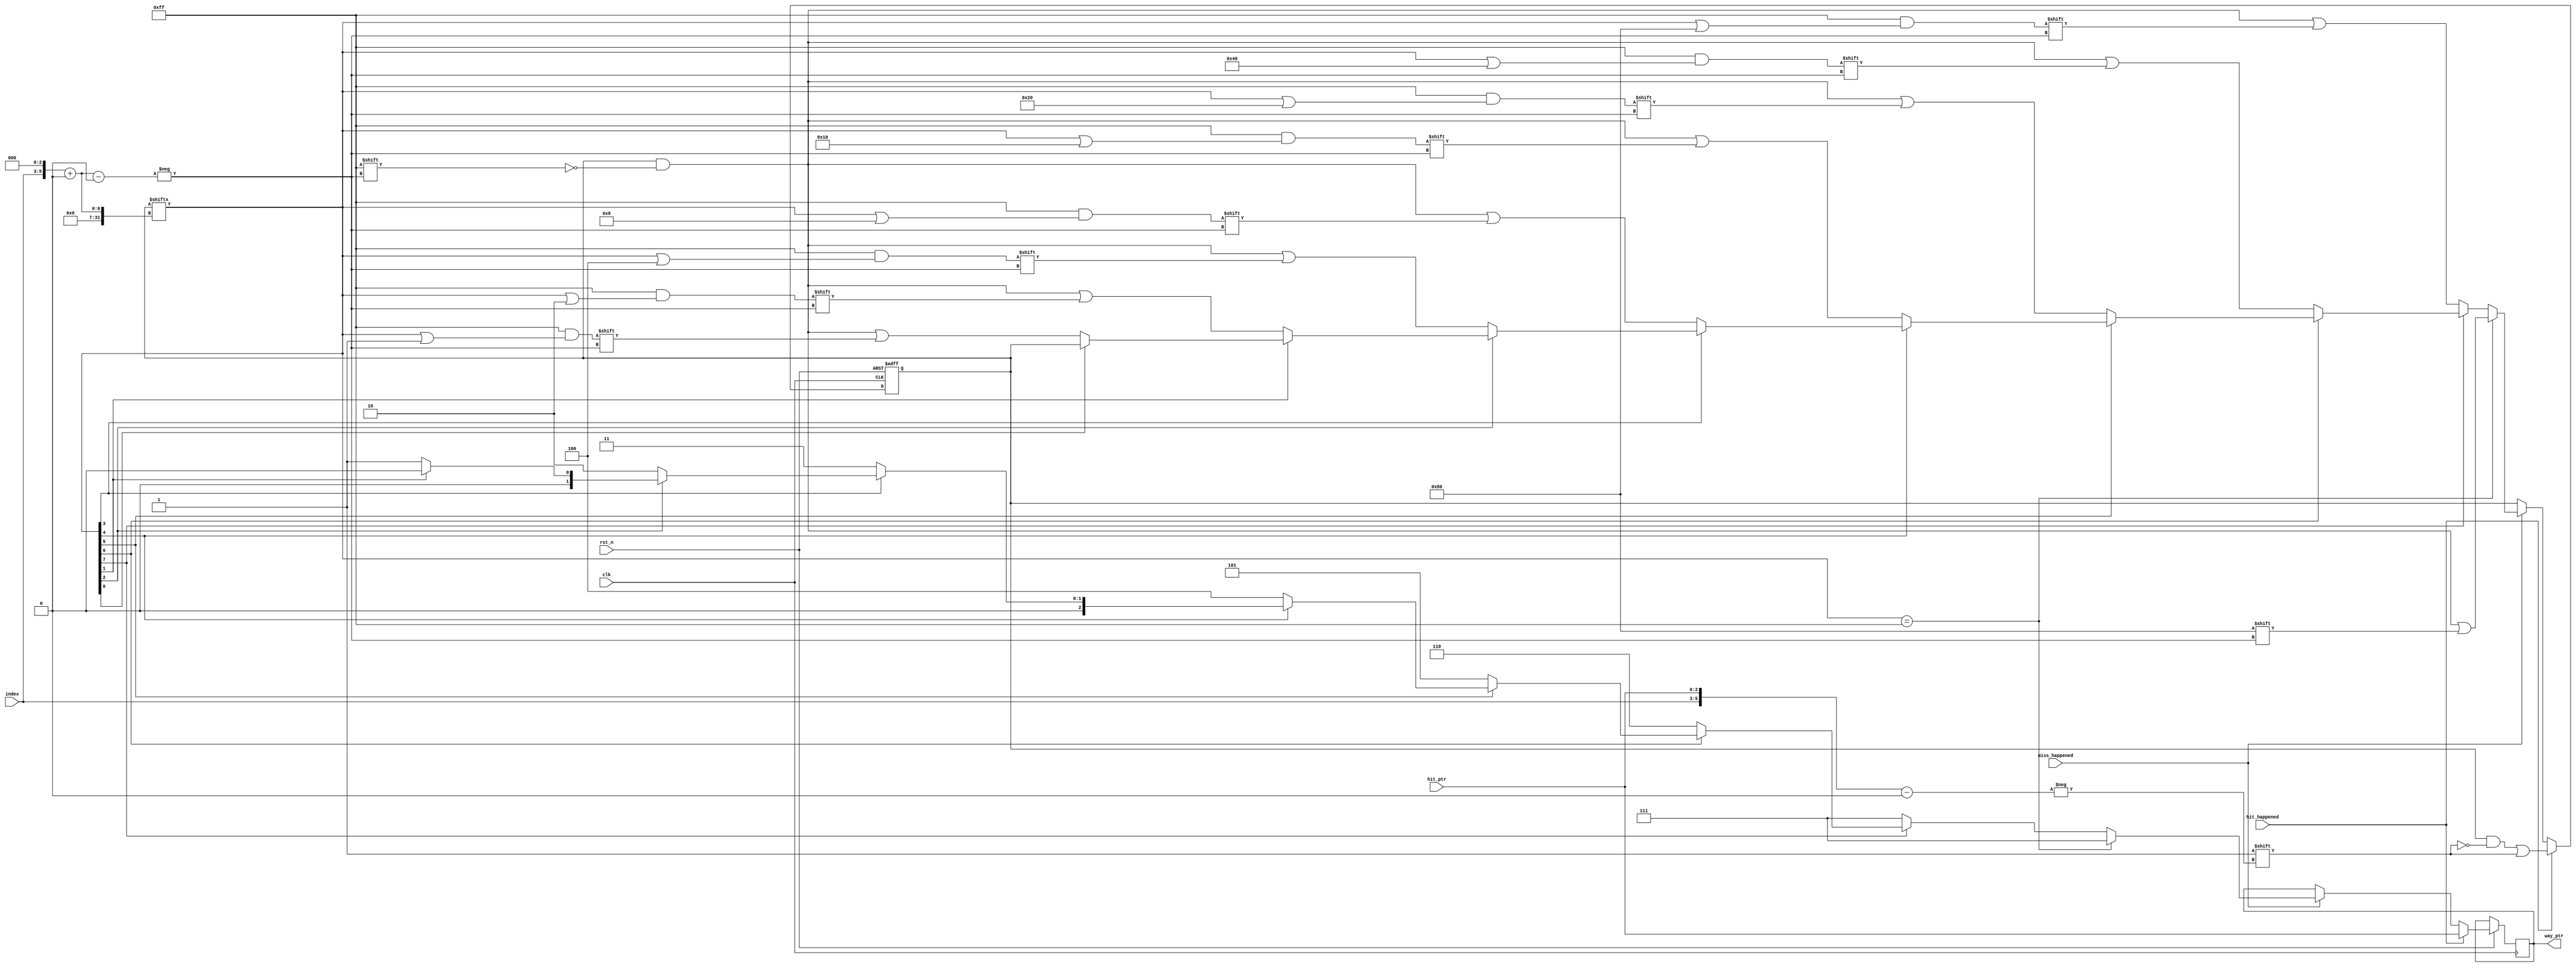
module PLRU(input clk,
    input rst_n,
    input miss_happened,
    input hit_happened,
    input [2:0] hit_ptr,
    input [2:0] index,
    output reg [2:0] way_ptr=0
);
reg [63:0] slot_ptr;   // 8set,8-way
integer i;
wire [5:0] ptr = {3'b0,index};
wire [7:0] pos = slot_ptr[ptr<<3+:8];
wire [5:0] hit_pos = {index,hit_ptr};
always@(posedge clk or negedge rst_n) begin
    if(!rst_n) begin
        slot_ptr<=0;
    end
    else begin
        if(hit_happened) begin
            slot_ptr[hit_pos]<=1'b1;
            way_ptr<=hit_ptr;
        end
        else if(miss_happened) begin
            //set1,0.
            //0index.
            if(pos==8'b11111111) begin
                slot_ptr[ptr<<3+:8]<=8'b10000000;
                way_ptr<=7;
            end
            else begin
                if(pos[7]==0) begin
                    way_ptr<=7;
                    slot_ptr[ptr<<3+:8]<= pos | 8'b10000000;
                end
                else if(pos[6]==0) begin
                    way_ptr<=6;
                    slot_ptr[ptr<<3+:8]<= pos | 8'b01000000;
                end
                else if(pos[5]==0) begin
                    way_ptr<=5;
                    slot_ptr[ptr<<3+:8]<= pos | 8'b00100000;
                end
                else if(pos[4]==0) begin
                    way_ptr<=4;
                    slot_ptr[ptr<<3+:8] <= pos | 8'b00010000;
                end
                else if(pos[3]==0) begin
                    way_ptr<=3;
                    slot_ptr[ptr<<3+:8] <= pos | 8'b00001000;
                end
                else if(pos[2]==0) begin
                    way_ptr<=2;
                    slot_ptr[ptr<<3+:8] <= pos | 8'b00000100;
                end
                else if(pos[1]==0) begin
                    way_ptr<=1;
                    slot_ptr[ptr<<3+:8] <= pos | 8'b00000010;
                end
                else if(pos[0]==0) begin
                    way_ptr<=0;
                    slot_ptr[ptr<<3+:8] <= pos | 8'b00000001;
                end
                else begin way_ptr<=0; end
            end
        end
        else begin
            way_ptr<=way_ptr;
        end
    end
end

endmodule
//set associate cache with plru policy
module Cache(
    input clk,
    input rst_n,
    input [31:0] addr,
    input rd,
    input wr,
    input [31:0] in_data,
    output reg[31:0] out_data=0,
    output reg   data_rdy=0,

    //Cache replacement
    input [31:0] rd_from_mem,
    output reg [31:0] mem_addr=0,
    output reg [31:0] wr_to_mem=0,
    output reg r_w=0,   //0->read 1->write.
    output reg enable=0,
    input mem_op_finish
);
localparam BLOCK_DATA_BYTE_SIZE  = 6;    // 
localparam DATA_OFFSET = 512;
localparam INDEX_BIT_SIZE  = 3;        // 
localparam SLOT_LENGTH     = 8;         // .
localparam TAG_BIT_SIZE = 23;
localparam SLOT_OFFSET    = 32'd537;  //.ValidBit DirtyBit Tag DATA
// addr:
// |  TAG_BIT_SIZE(23bit)   |  INDEX_BIT_SIZE(3bit) |   BLOCK_DATA_BYTE_SIZE(6bit) |
//        TAG                        INDEX                        DATA
// slot:
//   MSB       MSB-1   |  TAG_BIT_SIZE   |    DATA_OFFSET(64b=64*8=512bit)   |
// Valid     DirtyBit        TAG                   DATA

reg [SLOT_OFFSET-1:0] _cache [0:(2<<INDEX_BIT_SIZE)-1] [0:SLOT_LENGTH-1];

integer i;
wire [INDEX_BIT_SIZE-1:0] decode_index = addr[INDEX_BIT_SIZE+BLOCK_DATA_BYTE_SIZE-1:BLOCK_DATA_BYTE_SIZE];
reg [(SLOT_LENGTH>>2):0] hit_ptr=0;
wire hit;

integer search2_i;

assign hit=((_cache[decode_index][0][DATA_OFFSET+:TAG_BIT_SIZE]
    ==addr[BLOCK_DATA_BYTE_SIZE+INDEX_BIT_SIZE+:TAG_BIT_SIZE])
    &&_cache[decode_index][0][SLOT_OFFSET-1]==1)
    ||((_cache[decode_index][1][DATA_OFFSET+:TAG_BIT_SIZE]
    ==addr[BLOCK_DATA_BYTE_SIZE+INDEX_BIT_SIZE+:TAG_BIT_SIZE])
    &&_cache[decode_index][1][SLOT_OFFSET-1]==1)
    ||((_cache[decode_index][2][DATA_OFFSET+:TAG_BIT_SIZE]
    ==addr[BLOCK_DATA_BYTE_SIZE+INDEX_BIT_SIZE+:TAG_BIT_SIZE])
    &&_cache[decode_index][2][SLOT_OFFSET-1]==1)
    ||((_cache[decode_index][3][DATA_OFFSET+:TAG_BIT_SIZE]
    ==addr[BLOCK_DATA_BYTE_SIZE+INDEX_BIT_SIZE+:TAG_BIT_SIZE])
    &&_cache[decode_index][3][SLOT_OFFSET-1]==1)
    ||((_cache[decode_index][4][DATA_OFFSET+:TAG_BIT_SIZE]
    ==addr[BLOCK_DATA_BYTE_SIZE+INDEX_BIT_SIZE+:TAG_BIT_SIZE])
    &&_cache[decode_index][4][SLOT_OFFSET-1]==1)
    ||((_cache[decode_index][5][DATA_OFFSET+:TAG_BIT_SIZE]
    ==addr[BLOCK_DATA_BYTE_SIZE+INDEX_BIT_SIZE+:TAG_BIT_SIZE])
    &&_cache[decode_index][5][SLOT_OFFSET-1]==1)
    ||((_cache[decode_index][6][DATA_OFFSET+:TAG_BIT_SIZE]
    ==addr[BLOCK_DATA_BYTE_SIZE+INDEX_BIT_SIZE+:TAG_BIT_SIZE])
    &&_cache[decode_index][6][SLOT_OFFSET-1]==1)
    ||((_cache[decode_index][7][DATA_OFFSET+:TAG_BIT_SIZE]
    ==addr[BLOCK_DATA_BYTE_SIZE+INDEX_BIT_SIZE+:TAG_BIT_SIZE])
    &&_cache[decode_index][7][SLOT_OFFSET-1]==1);

always@(*)
begin
    if(_cache[decode_index][0][DATA_OFFSET+:TAG_BIT_SIZE]
    ==addr[BLOCK_DATA_BYTE_SIZE+INDEX_BIT_SIZE+:TAG_BIT_SIZE]&&
    _cache[decode_index][0][SLOT_OFFSET-1]==1)
    begin
        hit_ptr<=0;
    end
    else if(_cache[decode_index][1][DATA_OFFSET+:TAG_BIT_SIZE]
    ==addr[BLOCK_DATA_BYTE_SIZE+INDEX_BIT_SIZE+:TAG_BIT_SIZE]&&
    _cache[decode_index][1][SLOT_OFFSET-1]==1) begin
        hit_ptr<=1;
    end
    else if(_cache[decode_index][2][DATA_OFFSET+:TAG_BIT_SIZE]
    ==addr[BLOCK_DATA_BYTE_SIZE+INDEX_BIT_SIZE+:TAG_BIT_SIZE]&&
    _cache[decode_index][2][SLOT_OFFSET-1]==1) begin
        hit_ptr<=2;
    end
    else if(_cache[decode_index][3][DATA_OFFSET+:TAG_BIT_SIZE]
    ==addr[BLOCK_DATA_BYTE_SIZE+INDEX_BIT_SIZE+:TAG_BIT_SIZE]&&
    _cache[decode_index][3][SLOT_OFFSET-1]==1) begin
        hit_ptr<=3;
    end
    else if(_cache[decode_index][4][DATA_OFFSET+:TAG_BIT_SIZE]
    ==addr[BLOCK_DATA_BYTE_SIZE+INDEX_BIT_SIZE+:TAG_BIT_SIZE]&&
    _cache[decode_index][4][SLOT_OFFSET-1]==1) begin
        hit_ptr<=4;
    end

    else if(_cache[decode_index][5][DATA_OFFSET+:TAG_BIT_SIZE]
    ==addr[BLOCK_DATA_BYTE_SIZE+INDEX_BIT_SIZE+:TAG_BIT_SIZE]&&
    _cache[decode_index][5][SLOT_OFFSET-1]==1) begin
        hit_ptr<=5;
    end
    else if(_cache[decode_index][6][DATA_OFFSET+:TAG_BIT_SIZE]
    ==addr[BLOCK_DATA_BYTE_SIZE+INDEX_BIT_SIZE+:TAG_BIT_SIZE]&&
    _cache[decode_index][6][SLOT_OFFSET-1]==1) begin
        hit_ptr<=6;
    end
    else if(_cache[decode_index][7][DATA_OFFSET+:TAG_BIT_SIZE]
    ==addr[BLOCK_DATA_BYTE_SIZE+INDEX_BIT_SIZE+:TAG_BIT_SIZE]&&
    _cache[decode_index][7][SLOT_OFFSET-1]==1) begin
        hit_ptr<=7;
    end
    else hit_ptr<=0;
end

reg [1:0] rd_D;
reg [1:0] wr_D;

always@(posedge clk or negedge rst_n) begin
    if(!rst_n) begin rd_D<=0;  wr_D<=0; end
    else begin
        rd_D <= {rd_D[0],rd};
        wr_D <= {wr_D[0],wr};
    end
end
wire rd_start= ~rd_D[1] & rd_D[0];
wire wr_start= ~wr_D[1] & wr_D[0];

integer j;

// localparam CACHE_STATE_NORMAL=0;
localparam CACHE_STATE_MISS_READ_PREPARE=1;  //Memblock
localparam CACHE_STATE_MISS_READ_WAIT=2;
localparam CACHE_STATE_MISS_READ_PROCESS=3;
localparam CACHE_STATE_CONFLICT_WB=4;
localparam CACHE_STATE_WRMISS_NOWR=5;
localparam CACHE_STATE_WRITE_BACK=6;  //blockMem.
localparam CACHE_STATE_GET_SEL=7;
localparam CACHE_STATE_WR_PROCESS=8;
localparam CACHE_STATE_RD_PROCESS=9;
localparam CACHE_STATE_MISS_WRITE_WAIT=10;
localparam CACHE_STATE_WB_LINE=11;

reg [3:0] cache_state=CACHE_STATE_GET_SEL;
reg [3:0] cache_next_state=CACHE_STATE_WRMISS_NOWR;
reg [DATA_OFFSET-1:0] mem_recv_buf=0;
wire [9:0] data_addr = {4'b0,addr[5:0]};

wire [2:0] selected_way;
reg [3:0] miss_rd_cnt=0;
reg [3:0] miss_wr_cnt=0;

reg miss_s=0;
reg hit_s=0;
PLRU _inst_lru(
    clk,
    rst_n,
    miss_s,
    hit_s,
    hit_ptr,
    decode_index,
    selected_way
);
reg [0:0] counter=0;
always @(posedge clk or negedge rst_n) begin
    if(!rst_n) begin
        for(i=0;i<(2<<INDEX_BIT_SIZE);i=i+1)
        begin
            for(j=0;j<SLOT_LENGTH;j=j+1)begin
                _cache[i][j]<=0;
            end
            data_rdy<=0;
        end
    end
    else begin
        case(cache_state)
            CACHE_STATE_GET_SEL:begin
                if(wr_start) begin
                        if(hit) begin
                            hit_s<=1;
                        end
                        else begin miss_s<=1; end
                        cache_state<=CACHE_STATE_WR_PROCESS;
                end
                else if(rd_start) begin
                        if(hit) begin
                            hit_s<=1;
                        end
                        else begin miss_s<=1; end
                        cache_state<=CACHE_STATE_RD_PROCESS;
                end
                else begin
                    hit_s<=0;
                    miss_s<=0;
                    cache_state<=CACHE_STATE_GET_SEL;
                    data_rdy<=0;
                    out_data<=out_data;
                end
            end   //STATE_GET_SEL

            CACHE_STATE_WR_PROCESS:begin
                // find tag. first,get the line by decode_index
                // if not find(miss), then get a empty slot,replacement(if need) and write.
                // else (hit)
                    // write and set dirty bit 1.
                if(counter==0)begin
                    hit_s<=0;
                    miss_s<=0;
                    counter<=counter+1;
                    cache_state<=CACHE_STATE_WR_PROCESS;
                end
                else if(counter==1)begin
                    counter<=0;
                    if(hit)begin
                        _cache[decode_index][hit_ptr][SLOT_OFFSET-1:SLOT_OFFSET-2]<={1'b1,1'b1};
                        _cache[decode_index][hit_ptr][DATA_OFFSET+:TAG_BIT_SIZE]<=addr[BLOCK_DATA_BYTE_SIZE+INDEX_BIT_SIZE+:TAG_BIT_SIZE];
                        _cache[decode_index][hit_ptr][data_addr<<3+:32]<=in_data;
                        data_rdy<=1;
                        out_data<=out_data;
                        cache_state<=CACHE_STATE_GET_SEL;
                    end
                    else begin
                        out_data<=out_data;
                        data_rdy<=0;
                        enable<=1;
                        r_w<=0;
                        mem_addr<={addr[31:6],6'b000000};
                        if(_cache[decode_index][selected_way][SLOT_OFFSET-1]==0
                        ||_cache[decode_index][selected_way][SLOT_OFFSET-1:SLOT_OFFSET-2]==2'b10) begin
                            //cache_state<=CACHE_STATE_WRMISS_NOWR;
                            cache_state<=CACHE_STATE_MISS_WRITE_WAIT;
                            cache_next_state<=CACHE_STATE_WRMISS_NOWR;
                        end
                        else if(_cache[decode_index][selected_way][SLOT_OFFSET-1:SLOT_OFFSET-2]==2'b11) begin
                            //cache_state<=CACHE_STATE_WRITE_BACK;
                            cache_state<=CACHE_STATE_MISS_WRITE_WAIT;
                            cache_next_state<=CACHE_STATE_WRITE_BACK;

                        end
                        miss_rd_cnt<=0;
                    end
                end
            end  //STATE_WR_PROCESS

            CACHE_STATE_RD_PROCESS:begin
                // read.
                // find tag.(by decode_index)
                // not find, (read from mem ,(test:0xffff0000) set valid bit 1,dirty bit 0 )
                // then get an empty slot: replacement(if need) and write.
                // find:
                    // return data
                if(counter==0) begin
                    hit_s<=0;
                    miss_s<=0;
                    counter<=counter+1;
                    cache_state<=CACHE_STATE_RD_PROCESS;
                end
                else if(counter==1) begin
                    counter<=0;
                    if(hit) begin
                        out_data <= _cache[decode_index][hit_ptr][data_addr<<3+:32];
                        data_rdy<=1;
                        cache_state<=CACHE_STATE_GET_SEL;
                    end
                    else begin
                        enable<=1;
                        r_w<=0;
                        mem_addr<={addr[31:6],6'b000000};
                        cache_state<=CACHE_STATE_MISS_READ_WAIT;
                        data_rdy<=0;
                    end
                end

            end   //STATE_RD_PROCESS

            CACHE_STATE_MISS_READ_WAIT:
            begin
                if(miss_rd_cnt==4'b1111&&mem_op_finish)
                begin
                    mem_recv_buf<={rd_from_mem,mem_recv_buf[DATA_OFFSET-1:32]};
                    enable<=0;
                    r_w<=0;
                    miss_rd_cnt<=0;
                    cache_state<=CACHE_STATE_MISS_READ_PROCESS;
                end
                //Mem164
                else if(mem_op_finish) begin
                    mem_addr<=mem_addr+4;
                    miss_rd_cnt<=miss_rd_cnt+1;
                    mem_recv_buf<={rd_from_mem,mem_recv_buf[DATA_OFFSET-1:32]};
                    enable<=1;
                    r_w<=0;
                    cache_state<=CACHE_STATE_MISS_READ_WAIT;
                end
                else
                    cache_state<=CACHE_STATE_MISS_READ_WAIT;
            end  //CACHE_STATE_MISS_READ_WAIT

            CACHE_STATE_MISS_READ_PROCESS:begin
                out_data<=mem_recv_buf[data_addr<<3+:32];
                if(_cache[decode_index][selected_way][SLOT_OFFSET-1:SLOT_OFFSET-2]==2'b11) begin
                    enable<=0;
                    r_w<=1;
                    mem_addr<={_cache[decode_index][selected_way][DATA_OFFSET+:TAG_BIT_SIZE],decode_index,6'b000000};
                    wr_to_mem <= _cache[decode_index][selected_way][0+:32];
                    mem_recv_buf <= {32'b0,_cache[decode_index][selected_way][DATA_OFFSET-1:32]};
                    cache_state<=CACHE_STATE_WB_LINE;//
                    cache_next_state<=CACHE_STATE_CONFLICT_WB;//
                    data_rdy<=0;
                end
                else begin
                    _cache[decode_index][selected_way][SLOT_OFFSET-1:SLOT_OFFSET-2]<={1'b1,1'b0};
                    _cache[decode_index][selected_way][DATA_OFFSET+:TAG_BIT_SIZE]<=addr[BLOCK_DATA_BYTE_SIZE+INDEX_BIT_SIZE+:TAG_BIT_SIZE];
                    _cache[decode_index][selected_way][0+:DATA_OFFSET]<=mem_recv_buf;
                    data_rdy<=1;
                    cache_state<=CACHE_STATE_GET_SEL;
                end
            end
            CACHE_STATE_CONFLICT_WB:begin
                //CONFLICT_WBWRITE_BACK.
                // _cache[decode_index][slot_ptr[decode_index]]
                // if(mem_op_finish) begin
                enable<=0;
                r_w<=0;
                _cache[decode_index][selected_way][SLOT_OFFSET-1:SLOT_OFFSET-2]<={1'b1,1'b0};
                _cache[decode_index][selected_way][DATA_OFFSET+:TAG_BIT_SIZE]<=addr[BLOCK_DATA_BYTE_SIZE+INDEX_BIT_SIZE+:TAG_BIT_SIZE];
                _cache[decode_index][selected_way][0+:DATA_OFFSET]<=mem_recv_buf;
                data_rdy<=1;
                cache_state<=CACHE_STATE_GET_SEL;
                // end
                // else begin
                //     enable<=1;
                //     r_w<=1;
                //     data_rdy<=0;
                //     wr_to_mem<=_cache[decode_index][selected_way][data_addr<<3+:32];
                //     mem_addr<=addr;
                //     cache_state<=CACHE_STATE_CONFLICT_WB;
                // end
            end
            CACHE_STATE_WRMISS_NOWR: //miss,compulsory miss(validBit=0)(replacement)
            begin//conflictreplacementslotdirtybit0
                enable<=0;
                r_w<=0;
                _cache[decode_index][selected_way][SLOT_OFFSET-1:SLOT_OFFSET-2]<={1'b1,1'b1};
                _cache[decode_index][selected_way][DATA_OFFSET+:TAG_BIT_SIZE]<=addr[BLOCK_DATA_BYTE_SIZE+INDEX_BIT_SIZE+:TAG_BIT_SIZE];
                _cache[decode_index][selected_way][data_addr<<3+:32]<=in_data;
                data_rdy<=1;
                cache_state<=CACHE_STATE_GET_SEL;
            end
            CACHE_STATE_WRITE_BACK:begin
            //conflict missdirtyBit
            // begin
            //     if(mem_op_finish) begin
                    //mem,.
                enable<=0;
                r_w<=0;
                _cache[decode_index][selected_way][SLOT_OFFSET-1:SLOT_OFFSET-2]<={1'b1,1'b1};
                _cache[decode_index][selected_way][DATA_OFFSET+:TAG_BIT_SIZE]<=addr[BLOCK_DATA_BYTE_SIZE+INDEX_BIT_SIZE+:TAG_BIT_SIZE];
                _cache[decode_index][selected_way][data_addr<<3+:32]<=in_data;
                data_rdy<=1;
                cache_state<=CACHE_STATE_GET_SEL;
                // end
                // else begin
                //     mem_addr<=addr;
                //     data_rdy<=0;
                //     wr_to_mem<=_cache[decode_index][selected_way][data_addr<<3+:32];
                //     enable<=1;
                //     r_w<=1;
                //     cache_state<=CACHE_STATE_WRITE_BACK;
                // end
            end
            CACHE_STATE_MISS_WRITE_WAIT:
            begin
                if(miss_rd_cnt==4'b1111&&mem_op_finish)
                begin
                    _cache[decode_index][selected_way][0+:DATA_OFFSET]<={rd_from_mem,mem_recv_buf[DATA_OFFSET-1:32]};
                    miss_rd_cnt<=0;
                    if(cache_next_state==CACHE_STATE_WRITE_BACK)begin
                        enable<=1;
                        r_w<=1;
                        mem_addr<={_cache[decode_index][selected_way][DATA_OFFSET+:TAG_BIT_SIZE],decode_index,6'b000000};
                        wr_to_mem <= _cache[decode_index][selected_way][0+:32];
                        mem_recv_buf <= {32'b0,_cache[decode_index][selected_way][DATA_OFFSET-1:32]};
                        cache_state<=CACHE_STATE_WB_LINE;
                        cache_next_state<=CACHE_STATE_WRITE_BACK;
                    end
                    else begin
                        cache_state<=cache_next_state;  //NOWR
                    end
                end
                //Mem164
                else if(mem_op_finish) begin
                    mem_addr<=mem_addr+4;
                    miss_rd_cnt<=miss_rd_cnt+1;
                    mem_recv_buf<={rd_from_mem,mem_recv_buf[DATA_OFFSET-1:32]};
                    enable<=1;
                    r_w<=0;
                    cache_state<=CACHE_STATE_MISS_WRITE_WAIT;
                end
                else
                    cache_state<=CACHE_STATE_MISS_WRITE_WAIT;
            end  //CACHE_STATE_MISS_WRITE_WAIT
            CACHE_STATE_WB_LINE:begin
                if(miss_wr_cnt==4'b1111&&mem_op_finish)begin
                    enable<=0;
                    r_w<=0;
                    miss_wr_cnt<=0;
                    cache_state<=cache_next_state;
                end
                else if(mem_op_finish)begin
                    enable<=1;
                    r_w<=1;
                    mem_addr<=mem_addr+4;
                    miss_wr_cnt<=miss_wr_cnt+1;
                    wr_to_mem <= mem_recv_buf[0+:32];
                    mem_recv_buf <= mem_recv_buf>>32;
                    data_rdy<=0;
                    cache_state<=CACHE_STATE_WB_LINE;
                end
                else
                    cache_state<=CACHE_STATE_WB_LINE;
            end
        endcase
    end
end

endmodule